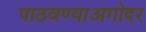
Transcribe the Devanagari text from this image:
पाठवण्याअगोदर